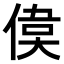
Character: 𠋋